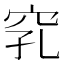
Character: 𥥅